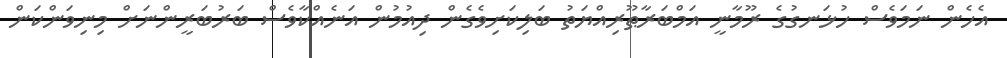
އެހެން ނަމަވެސް ހުޅަނގުގެ ރޫމާނީ އަމްބަރާޠޫރިއްޔަތު ބަލިކަށިވެގެން ދިއުމުން އަނެއްކާވެސް ބަރުބަރީންނަށް މިނިވަންކަން